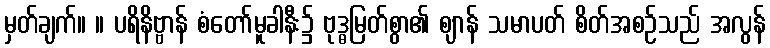
မှတ်ချက်။ ။ ပရိနိဗ္ဗာန် စံတော်မူခါနီး၌ ဗုဒ္ဓမြတ်စွာ၏ ဈာန် သမာပတ် စိတ်အစဉ်သည် အလွန်